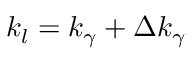
k _ { l } = k _ { \gamma } + \Delta k _ { \gamma }